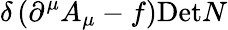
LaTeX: \delta\left(\partial^{\mu}A_{\mu}-f\right)\mathrm{Det}N